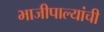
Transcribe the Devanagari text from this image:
भाजीपाल्यांची